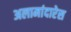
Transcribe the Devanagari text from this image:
अलामांदारेस